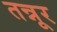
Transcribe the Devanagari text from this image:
तन्नूर